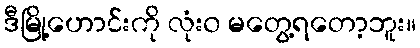
ဒီမြို့ဟောင်းကို လုံး၀ မတွေ့ရတော့ဘူး။